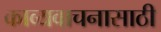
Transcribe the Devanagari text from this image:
काव्यवाचनासाठी